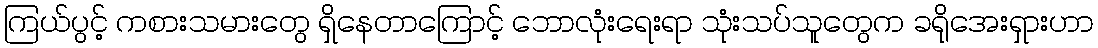
ကြယ်ပွင့် ကစားသမားတွေ ရှိနေတာကြောင့် ဘောလုံးရေးရာ သုံးသပ်သူတွေက ခရိုအေးရှားဟာ